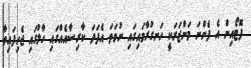
ފޮޓޯއިން އެ ފެންނަ މަންޒަރަކީ ހަނގުރާމައިގައި ނުވަތަ އެފަދަ ކާރިސާއެއްގައި ހާލުގައި ޖެހިފައިވާ